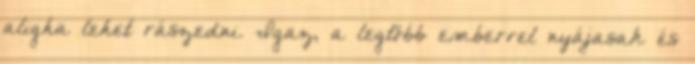
aligha lehet rászedni. Igaz, a legtöbb emberrel nyájasak és